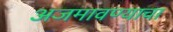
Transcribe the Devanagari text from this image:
अजमावण्याचा